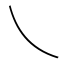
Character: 乀